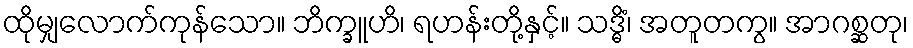
ထိုမျှလောက်ကုန်သော။ ဘိက္ခူဟိ၊ ရဟန်းတို့နှင့်။ သဒ္ဓိံ၊ အတူတကွ။ အာဂစ္ဆတု၊